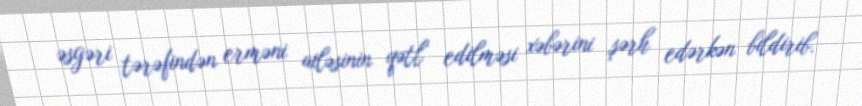
əsgəri tərəfindən erməni ailəsinin qətl edilməsi xəbərini şərh edərkən bildirib.